Report on sanitation, dispensaries, and jails in Rajputana for 1919, and on vaccination for the year 1919-1920 - 1919-1920
Year: 1919
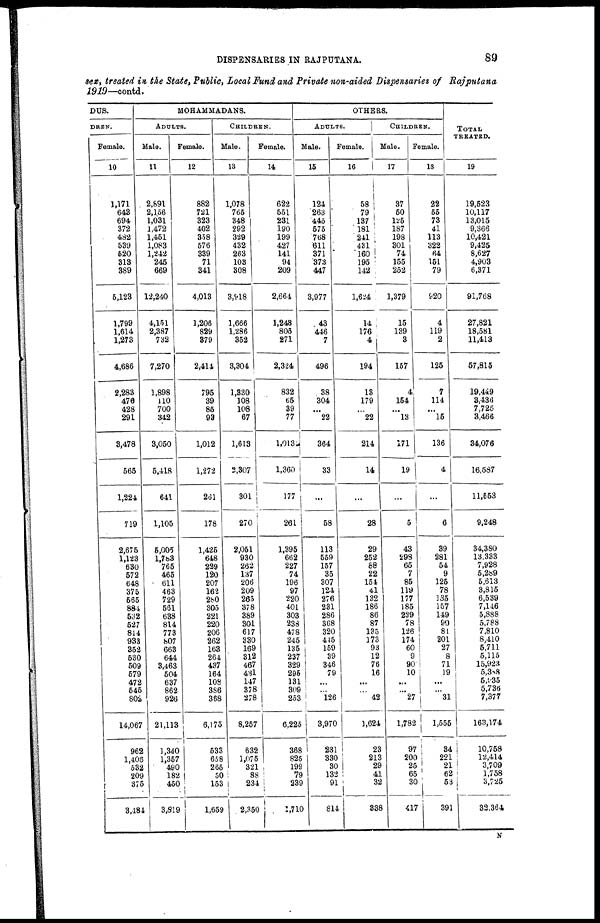
DISPENSARIES IN RAJPUTANA.
89
sex, treated in, the State, Public, Local Fund and Private non-aided Dispensaries of Rajputana
1919— contd.
DUS.
DREN.
Female.
10
1,171
643
694
372
482
539
520
313
389
5,123
1,799
1,614
1,273
4,686
2,283
476
428
291
3,478
565
1,224
719
2,675
1,123
630
572
648
375
565
884
532
527
814
933
352
530
509
579
472
545
802
14,067
962
1,406
532
209
375
3,484
MOHAMMADANS.
ADULTS.
Male.
11
2,891
2,156
1,031
1,472
1,451
1,083
1,242
245
669
12,240
4,151
2,387
732
7,270
1,898
110
700
342
3,050
5,418
641
1,105
5,005
l,783
765
465
611
463
729
561
638
814
773
807
663
644
3,463
504
637
862
926
21,113
1,340
1,357
490
182
450
3,819
Female.
12
882
721
323
402
358
576
339
71
341
4,013
1,206
829
379
2,414
795
39
85
93
1,012
1,272
261
178
1,425
648
229
120
207
162
280
305
221
220
206
262
163
264
437
164
108
386
368
6,175
533
658
265
50
153
1,659
CHILDREN.
Male.
13
1,078
765
348
292
329
432
263
103
308
3,918
1,666
1,286
352
3,304
1,330
108
108
67
1,613
2,307
301
270
2,051
930
262
137
206
209
265
378
389
301
617
330
169
312
467
431
147
378
278
8,257
632
1,075
321
88
234
2,350
Female.
14
622
551
231
190
199
427
141
94
209
2,664
1,248
805
271
2,324
832
65
39
77
1,013
1,360
177
261
1,395
662
227
74
196
97
220
401
303
238
478
245
135
237
329
295
131
309
253
6,225
368
825
199
79
239
1,710
OTHERS.
ADULTS.
Male.
15
124
263
445
575
768
611
371
373
447
3,977
43
446
7
496
38
304
...
22
364
33
...
58
113
559
157
35
307
124
276
231
286
368
320
445
159
39
346
79
...
...
126
3,970
231
330
30
132
91
814
Female.
16
58
79
137
181
241
431
160
195
142
1,624
14
176
4
194
13
179
...
22
214
14
...
28
29
252
88
22
154
41
132
186
86
87
135
173
93
12
76
16
...
...
42
1,624
23
213
29
41
32
338
CHILDREN.
Male.
17
37
50
125
187
198
301
74
155
252
1,379
15
139
3
157
4
154
...
13
171
19
...
5
43
298
65
7
85
119
177
185
229
78
126
174
60
9
90
10
...
...
27
1,782
97
200
25
65
30
417
Female.
18
22
55
73
41
113
322
64
151
79
920
4
119
2
125
7
114
...
15
136
4
...
6
39
281
54
9
125
78
135
157
149
90
81
201
27
8
71
19
...
...
31
1,555
34
221 21
62
53
391
TOTAL
TREATED.
19
19,523
10,117
13,015
9,366
10,421
9,425
8,627
4,903
6,371
91,768
27,821
18,581
11,413
57,815
19,449
3,436
7,725
3,466
34,076
16,587
11,553
9,248
34,380
13,333
7,928
5,289
5,613
3,815
6,539
7,146
5,888
5,788
7,810
8,410
5,711
5,115
15,923
5,388
5,935
5,736
7,377
163,174
10,758
12,414
3,709
1,758
3,725
32,364
N